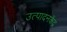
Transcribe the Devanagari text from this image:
उत्पादनकेंद्र